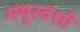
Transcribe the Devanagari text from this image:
मयूरवंशी